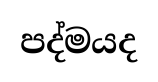
පද්මයද